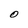
Character: 0